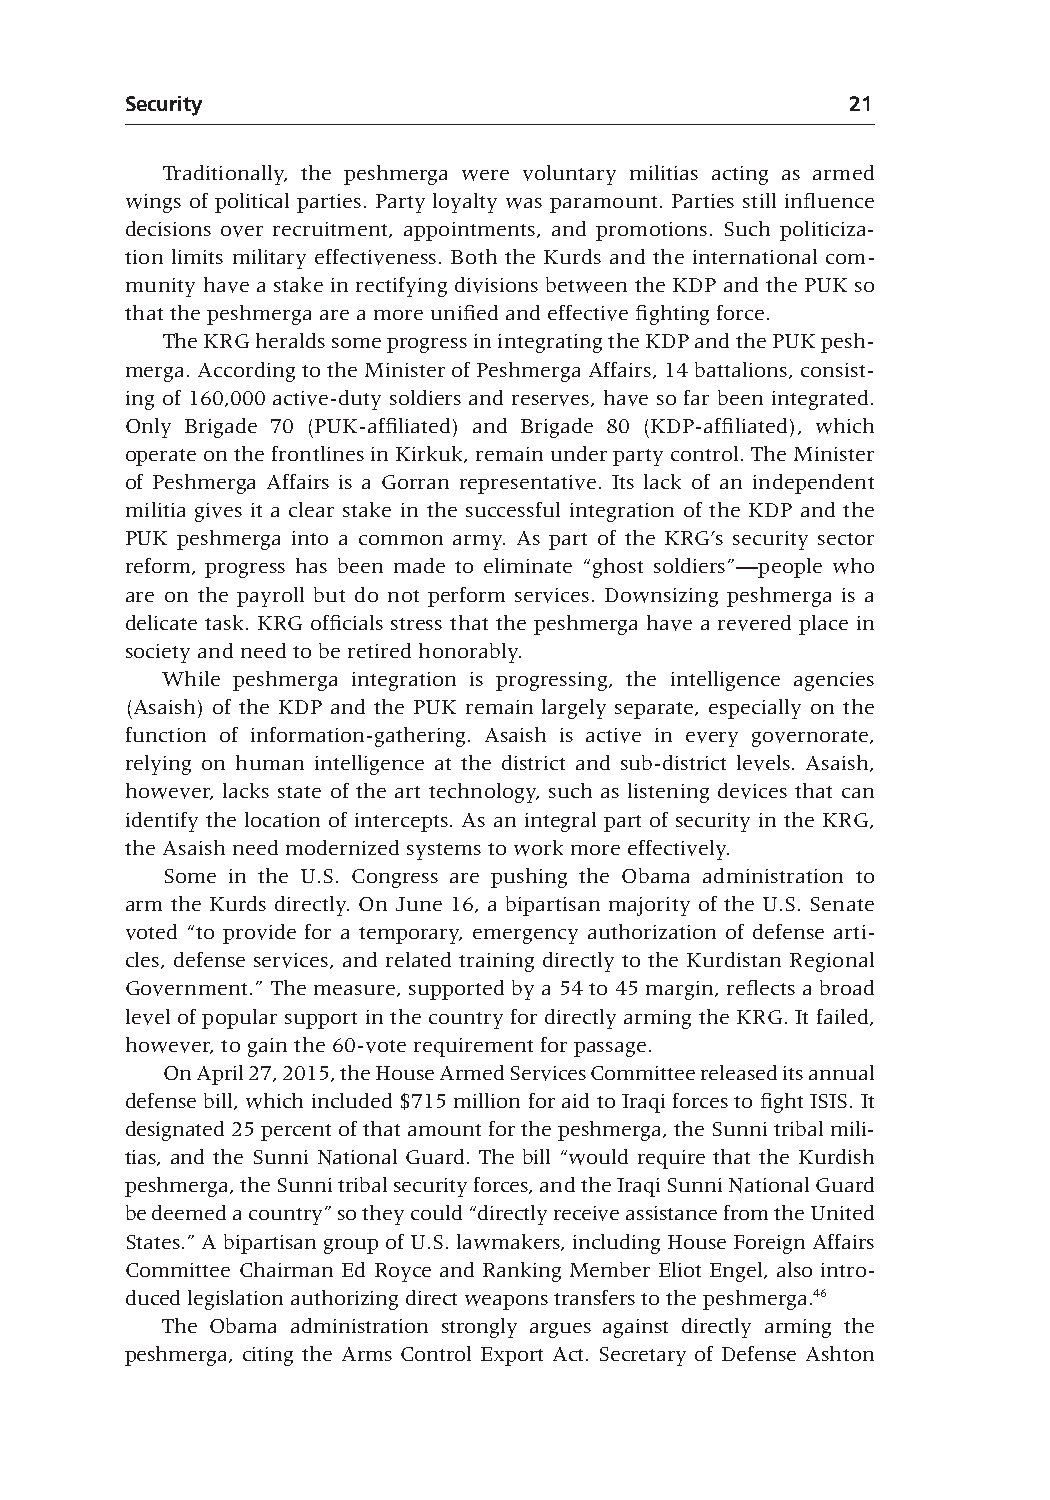
Security                                        21
 Traditionally, the peshmerga were voluntary militias acting as armed
 wings of political parties. Party loyalty was paramount. Parties still influence
 decisions over recruitment, appointments, and promotions. Such politiciza-
 tion limits military effectiveness. Both the Kurds and the international com-
 munity have a stake in rectifying divisions between the KDP and the PUK so
 that the peshmerga are a more unified and effective fighting force.
 The KRG heralds some progress in integrating the KDP and the PUK pesh-
 merga. According to the Minister of Peshmerga Affairs, 14 battalions, consist-
 ing of 160,000 active-duty soldiers and reserves, have so far been integrated.
 Only Brigade 70 (PUK-affiliated) and Brigade 80 (KDP-affiliated), which
 operate on the frontlines in Kirkuk, remain under party control. The Minister
 of Peshmerga Affairs is a Gorran representative. Its lack of an independent
 militia gives it a clear stake in the successful integration of the KDP and the
 PUK peshmerga into a common army. As part of the KRG’s security sector
 reform, progress has been made to eliminate “ghost soldiers”—people who
 are on the payroll but do not perform services. Downsizing peshmerga is a
 delicate task. KRG officials stress that the peshmerga have a revered place in
 society and need to be retired honorably.
 While peshmerga integration is progressing, the intelligence agencies
 (Asaish) of the KDP and the PUK remain largely separate, especially on the
 function of information-gathering. Asaish is active in every governorate,
 relying on human intelligence at the district and sub-district levels. Asaish,
 however, lacks state of the art technology, such as listening devices that can
 identify the location of intercepts. As an integral part of security in the KRG,
 the Asaish need modernized systems to work more effectively.
 Some in the U.S. Congress are pushing the Obama administration to
 arm the Kurds directly. On June 16, a bipartisan majority of the U.S. Senate
 voted “to provide for a temporary, emergency authorization of defense arti-
 cles, defense services, and related training directly to the Kurdistan Regional
 Government.” The measure, supported by a 54 to 45 margin, reflects a broad
 level of popular support in the country for directly arming the KRG. It failed,
 however, to gain the 60-vote requirement for passage.
 On April 27, 2015, the House Armed Services Committee released its annual
 defense bill, which included $715 million for aid to Iraqi forces to fight ISIS. It
 designated 25 percent of that amount for the peshmerga, the Sunni tribal mili-
 tias, and the Sunni National Guard. The bill “would require that the Kurdish
 peshmerga, the Sunni tribal security forces, and the Iraqi Sunni National Guard
 be deemed a country” so they could “directly receive assistance from the United
 States.” A bipartisan group of U.S. lawmakers, including House Foreign Affairs
 Committee Chairman Ed Royce and Ranking Member Eliot Engel, also intro-
 duced legislation authorizing direct weapons transfers to the peshmerga.46
 The Obama administration strongly argues against directly arming the
 peshmerga, citing the Arms Control Export Act. Secretary of Defense Ashton